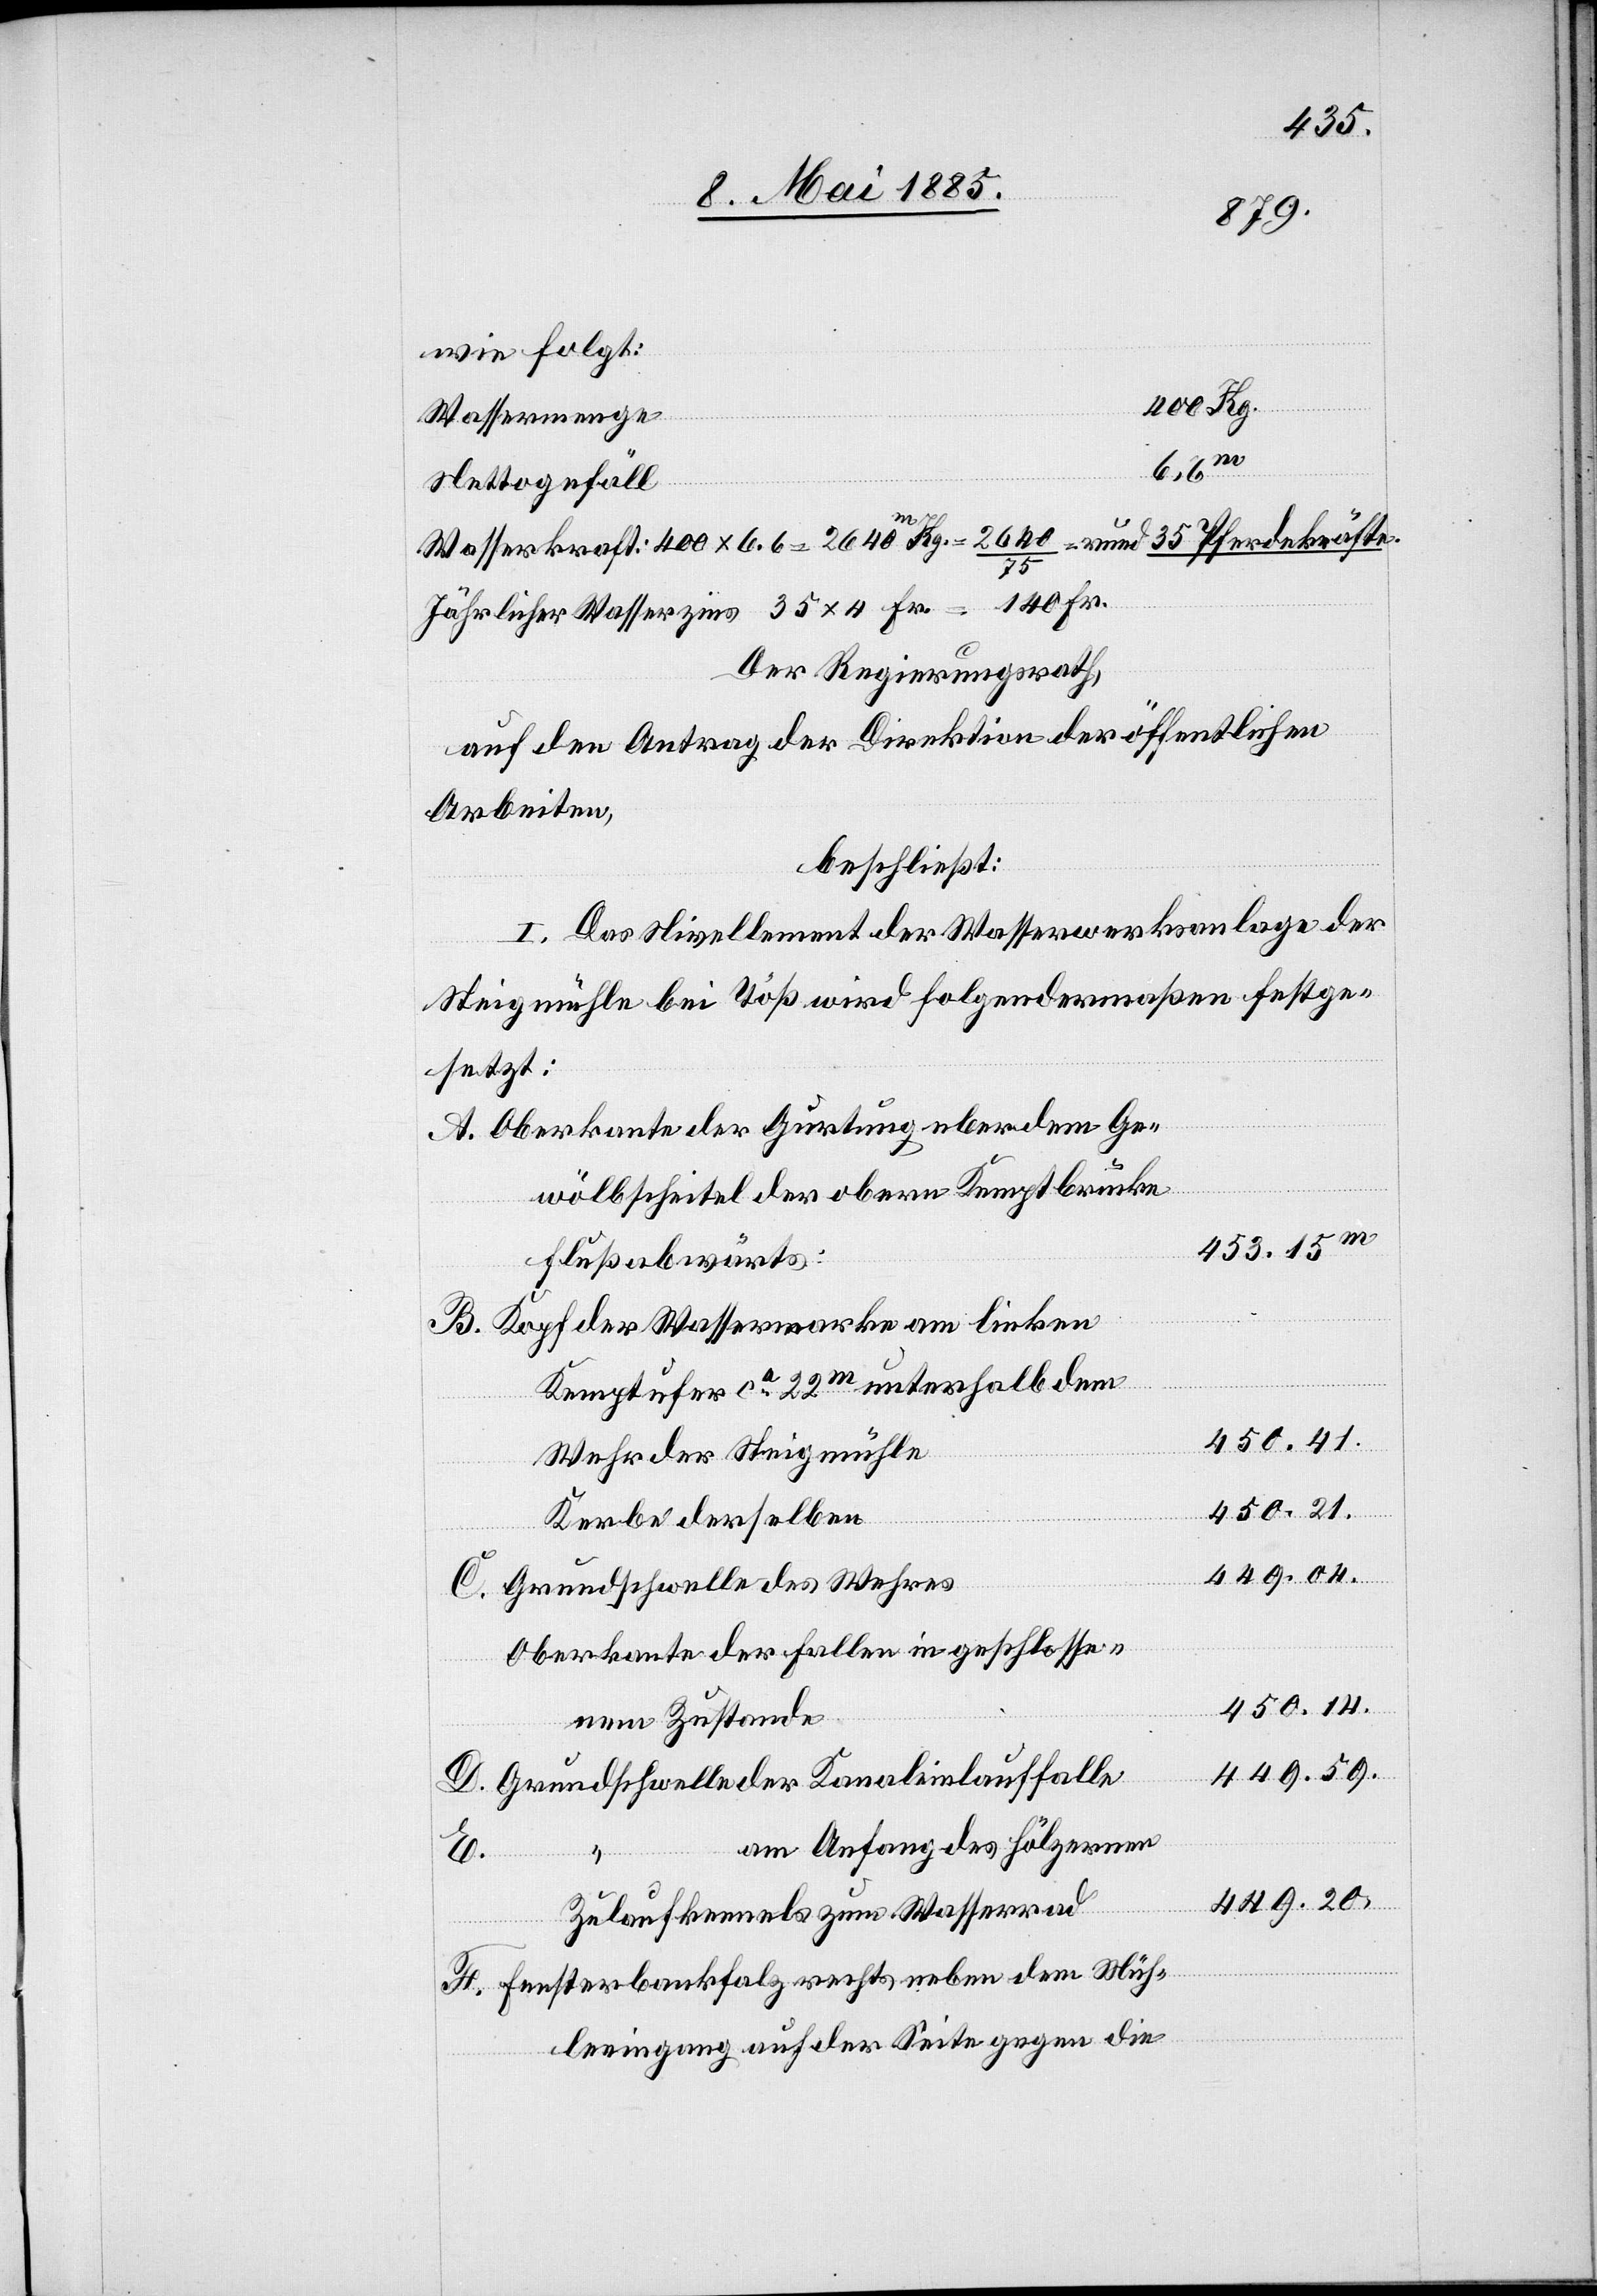
wie folgt:
Wassermenge
453.15.
F.
Nettogefäll
Wasserkraft: 400 x 6,6 = 2640 m Kg. = 2640/75 = rund 35 Pferdekräfte.
Jährlicher Wasserzins 35 x 4 Fr. = 140 Fr.
Der Regierungsrath,
auf den Antrag der Direktion der öffentlichen
Arbeiten,
beschließt:
I. Das Nivellement der Wasserwerksanlage der
Steigmühle bei Töß wird folgendermaßen festge¬
setzt:
Oberkante der Gurtung über dem Ge¬
wölbscheitel der obern Kemptbrücke
Flußabwärts:
Kopf der Wasserwerke am linken
Kemptufer ca 22 m unterhalb dem
Wehr der Steigmühle
450.21.
Kerbe derselben
449.04.
Grundschwelle des Wehres
Oberkante der Fallen in geschlosse¬
450.14.
nem Zustande
449.59.
am Anfang des hölzernen
449.20.
Zulaufkanals zum Wasserrad
Fensterbankholz rechts neben dem Müh¬
leeingang auf der Seite gegen die